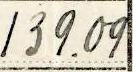
139.09